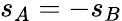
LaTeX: s_{A}=-s_{B}